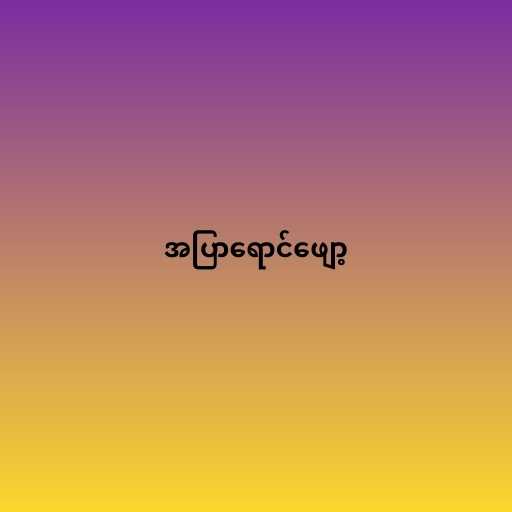
အပြာရောင်ဖျော့